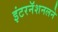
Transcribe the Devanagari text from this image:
इंटरनॅशनलने